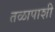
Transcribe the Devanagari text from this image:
तळापाशी